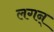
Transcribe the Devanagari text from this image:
लगन्